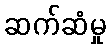
ဆက်ဆံမှု